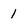
Character: 1